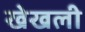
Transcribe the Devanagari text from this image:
खेखली